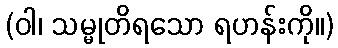
(ဝါ၊ သမ္မုတိရသော ရဟန်းကို။)